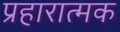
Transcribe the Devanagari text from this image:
प्रहारात्मक